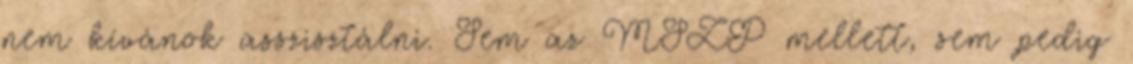
nem kívánok asszisztálni. Sem az MSZP mellett, sem pedig